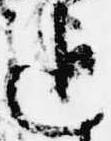
追